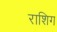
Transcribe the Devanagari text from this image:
राशिग